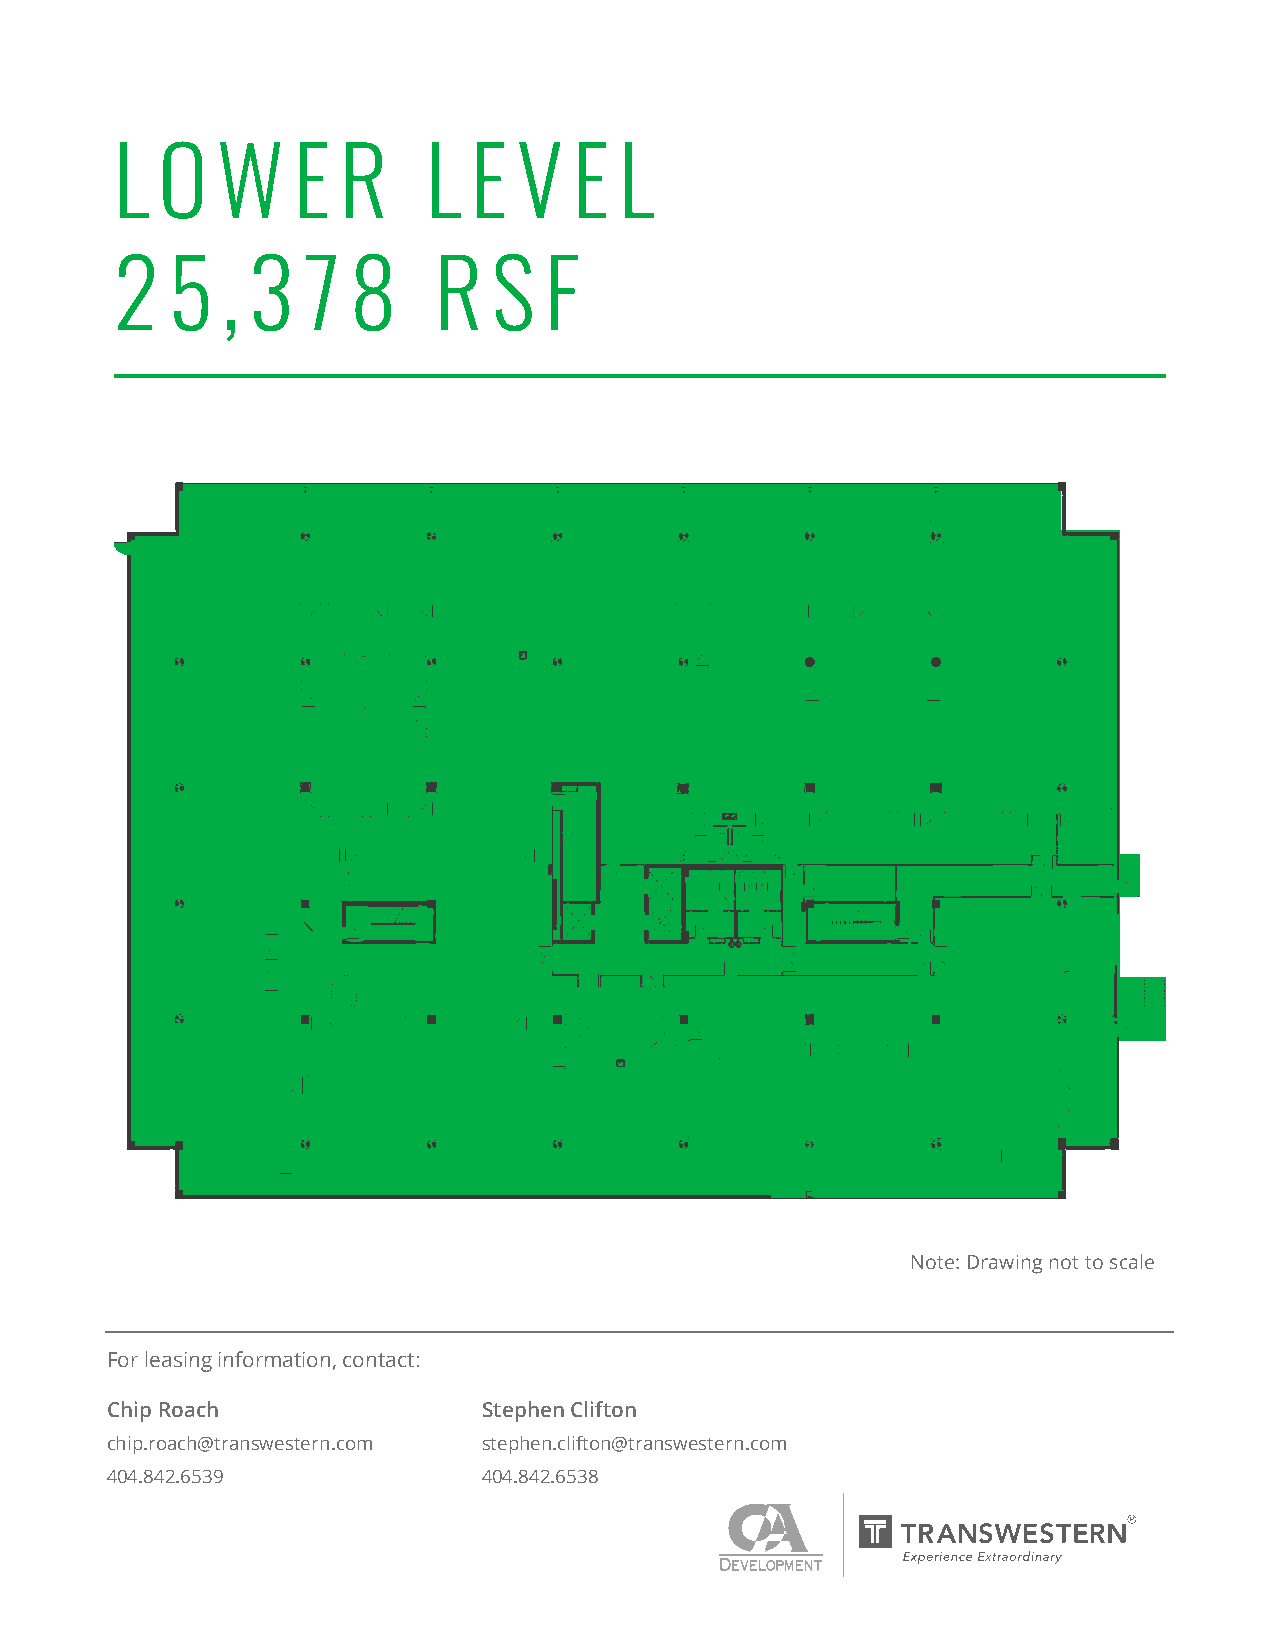
L O   W    E  R     L  E  V   E  L
 2  5   , 3  7  8     R   S  F
 Note: Drawing not to scale
 For leasing information, contact:
 For leasing information, contact:
 Chip Roach               Stephen Clifton
 Chip Roach               Stephen Clifton
 chip.roach@transwestern.com stephen.clifton@transwestern.com
 chip.roach@madisonmarquette.com stephen.clifton@madisonmarquette.com
 404.842.6539             404.842.6538
 404.671.4705             404.671.4719